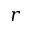
r